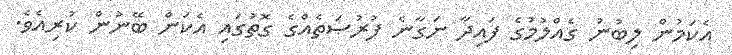
އެކަމުން ލިބުނު ގެއްލުމުގެ ފައިދާ ނަގާނެ ފުރުޞަތެއްގެ ގޮތުގައި އެކަން ބޭނުން ކުރިއެވެ.